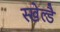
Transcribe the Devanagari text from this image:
स्खेल्डै